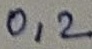
Text: 0,2